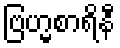
ဗြဟ္မစာရိနီ